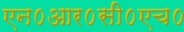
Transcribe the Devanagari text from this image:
एन०आर०सी०एच०